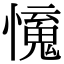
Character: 𢣒